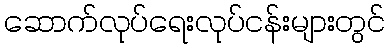
ဆောက်လုပ်ရေးလုပ်ငန်းများတွင်